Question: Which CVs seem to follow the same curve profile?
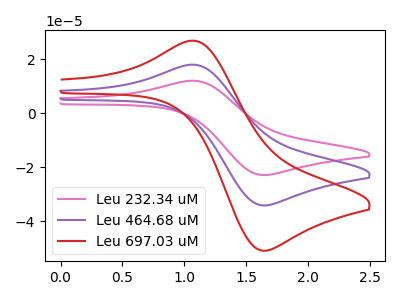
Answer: <think>The pink curve "Leu 232.34 uM" has an anodic peak at (1.10V, 12.05uA) and a cathodic peak at (1.65V, -22.85uA). The purple curve "Leu 464.68 uM" has an anodic peak at (1.10V, 18.00uA) and a cathodic peak at (1.65V, -34.10uA). The red curve "Leu 697.03 uM" has an anodic peak at (1.10V, 36.05uA) and a cathodic peak at (1.65V, -68.25uA).
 All the peaks in "Leu 232.34 uM" have a peak in "Leu 464.68 uM" at the same potential. Every peak in "Leu 232.34 uM" is lower than every peak in "Leu 464.68 uM". All the peaks in "Leu 232.34 uM" have a peak in "Leu 697.03 uM" at the same potential. Every peak in "Leu 232.34 uM" is lower than every peak in "Leu 697.03 uM". All the peaks in "Leu 464.68 uM" have a peak in "Leu 697.03 uM" at the same potential. Every peak in "Leu 464.68 uM" is lower than every peak in "Leu 697.03 uM".</think>
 <answer>"Leu 232.34 uM", "Leu 464.68 uM" and "Leu 697.03 uM" have the same shape and are likely CV's of the same chemical.</answer>
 <eval>"Leu 232.34 uM" "Leu 464.68 uM" "Leu 697.03 uM"</eval>